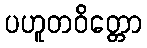
ပဟူတဝိတ္တော